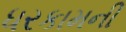
ધરકામની